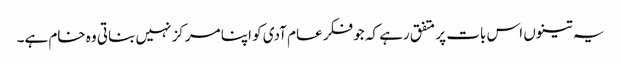
یہ تینوں اس بات پر متفق رہے کہ جو فکر عام آدی کو اپنا مرکز نہیں بناتی وہ خام ہے۔